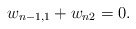
\begin{align*}w_{n-1,1}+w_{n2}=0.\end{align*}